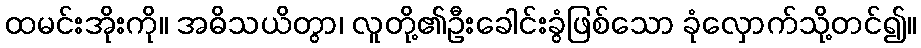
ထမင်းအိုးကို။ အဓိသယိတွာ၊ လူတို့၏ဦးခေါင်းခွံဖြစ်သော ခုံလှောက်သို့တင်၍။